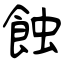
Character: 蝕